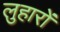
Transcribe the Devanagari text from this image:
लुहारों